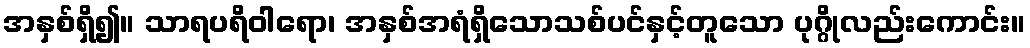
အနှစ်ရှိ၍။ သာရပရိဝါရော၊ အနှစ်အရံရှိသောသစ်ပင်နှင့်တူသော ပုဂ္ဂိုလည်းကောင်း။